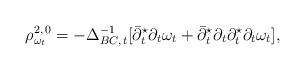
LaTeX: \begin{align*}\rho_{\omega_t} ^{2,\,0}= -\Delta_{BC,\,t}^{-1}[\bar\partial_t ^\star\partial_t \omega_t + \bar\partial_t ^\star\partial_t \partial_t ^\star\partial_t\omega_t],\end{align*}